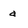
Character: a